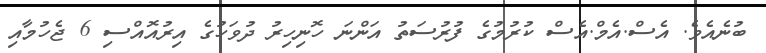
ބުނެއެވެ. އެސް.އެމް.އެސް ކުރުމުގެ ފުރުސަތު އަންނަ ހޮނިހިރު ދުވަހުގެ އިރުއޮއްސި 6 ޖެހުމާއި